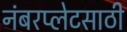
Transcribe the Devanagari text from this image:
नंबरप्लेटसाठी